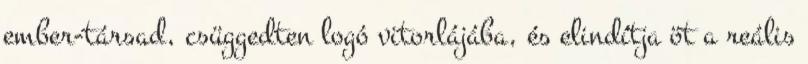
ember-társad, csüggedten logó vitorlájába, és elindítja öt a reális